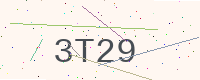
Text: 3T29